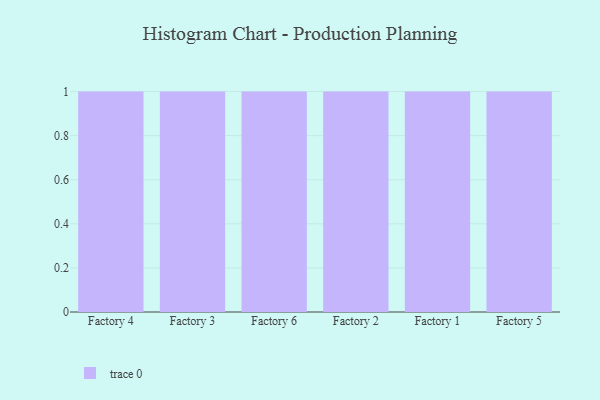
{"axis": {"x": "Factory", "y": "Energy Usage (MWh)"}, "legend": [""], "data": [{"x": "Factory 4", "y": 2, "type": ""}, {"x": "Factory 3", "y": 94, "type": ""}, {"x": "Factory 6", "y": 24, "type": ""}, {"x": "Factory 2", "y": 55, "type": ""}, {"x": "Factory 1", "y": 47, "type": ""}, {"x": "Factory 5", "y": 65, "type": ""}]}